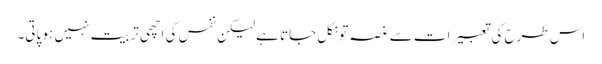
اس طرح کی تعبیرات سے غصہ تو نکل جاتا ہے لیکن نفس کی اچھی تربیت نہیں ہو پاتی۔